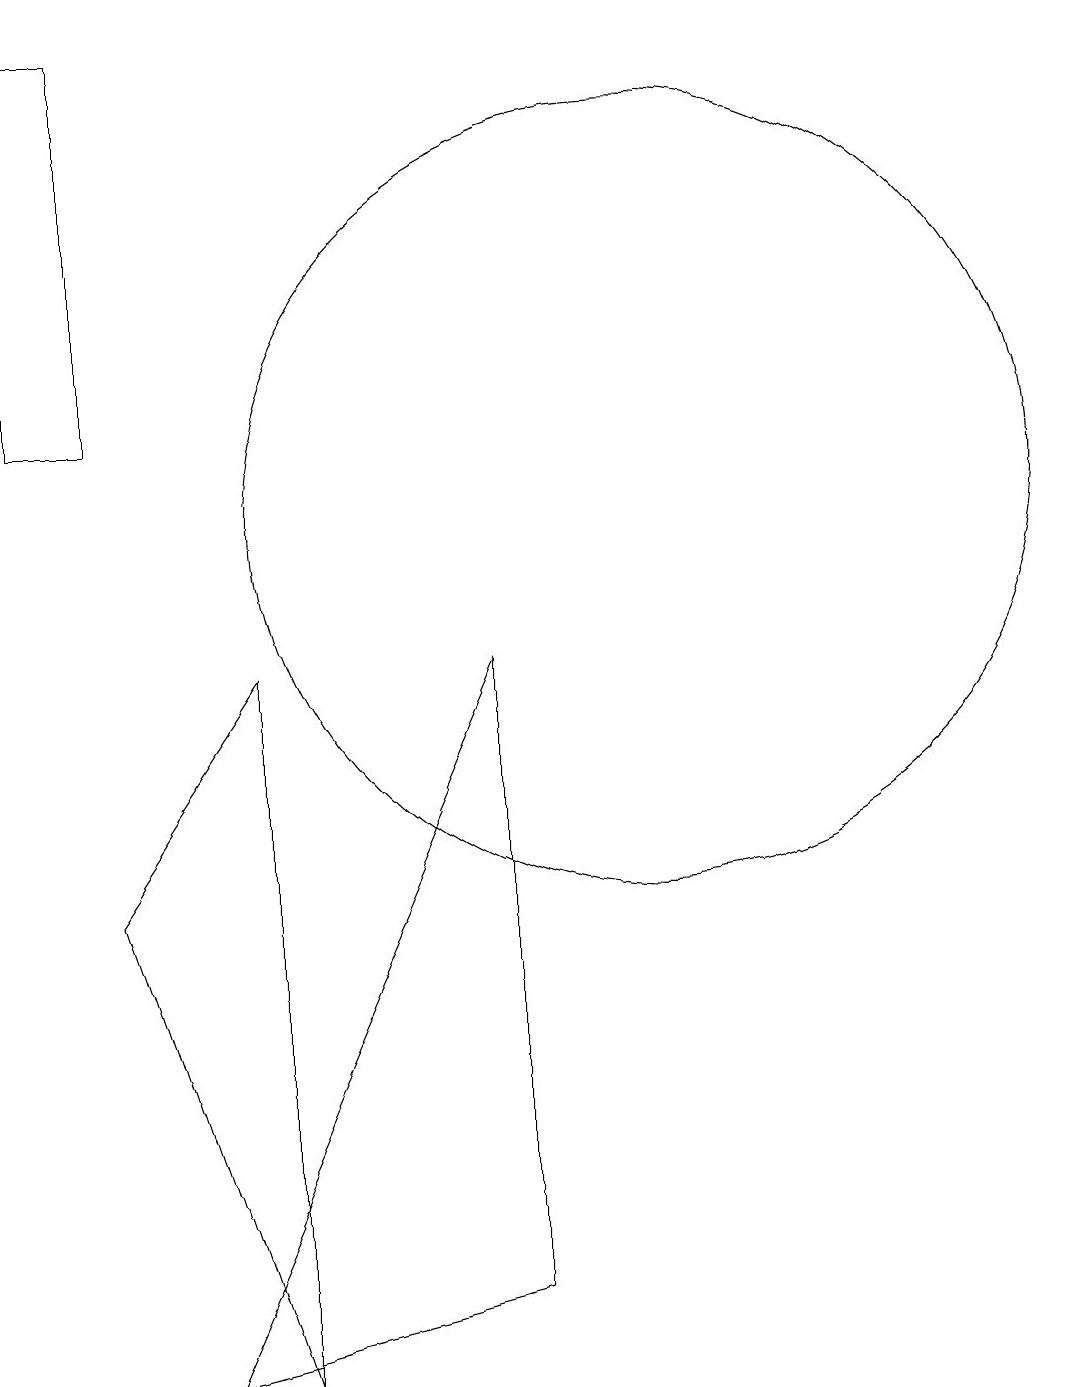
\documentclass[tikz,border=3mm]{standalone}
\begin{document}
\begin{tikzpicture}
\draw (3,17) rectangle (2,12);
\draw (5,0) -- (3,6) -- (5,9) -- cycle;
\draw (10,11) circle (5);
\draw (8,9) -- (4,0) -- (8,1) -- cycle;
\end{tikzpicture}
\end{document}